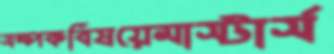
সম্পর্কবিষয়েমাস্টার্স